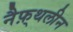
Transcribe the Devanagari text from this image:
नैफ़्थलीन